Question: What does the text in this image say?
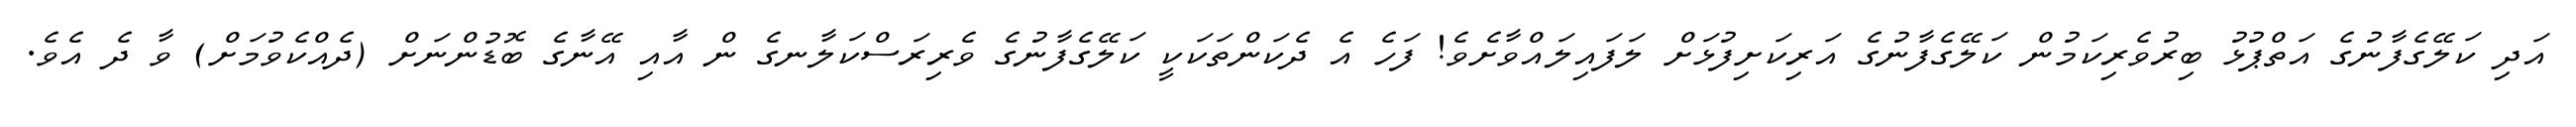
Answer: އަދި ކަލޭގެފާނުގެ އަތްޕުޅު ބިރުވެރިކަމުން ކަލޭގެފާނުގެ އަރިކަށިފުޅަށް ލަފައިލައްވާށެވެ! ފަހެ އެ ދެކަންތަކަކީ ކަލޭގެފާނުގެ ވެރިރަސްކަލާނގެ ން އާއި އޭނާގެ ބޮޑުންނަށް (ދެއްކެވުމަށް) ވާ ދެ އެވެ.